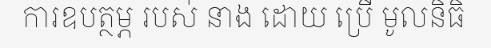
ការឧបត្ថម្ភ របស់ នាង ដោយ ប្រើ មូលនិធិ